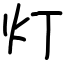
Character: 灯